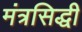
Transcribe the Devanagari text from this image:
मंत्रसिद्धी